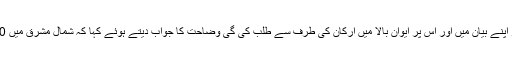
مسٹر سنگھ نے لوک سبھا اور راجیہ سبھا میں اس حملے پر اپنے بیان میں اور اس پر ایوان بالا میں ارکان کی طرف سے طلب کی گی وضاحت کا جواب دیتے ہوئے کہا کہ شمال مشرق میں 50 -60 برسوں سے اس طرح کی سرگرمیاں ہوتی رہی ہیں۔